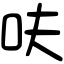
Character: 呋